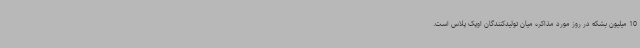
10 میلیون بشکه در روز مورد مذاکره میان تولیدکنندگان اوپک پلاس است.